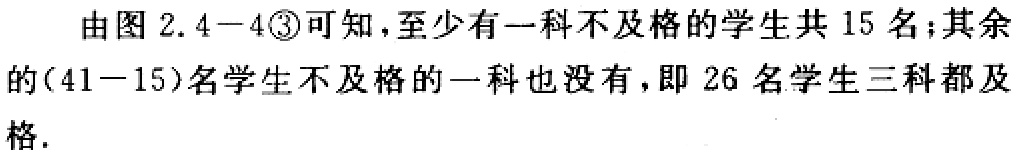
由图 2.4−4\textcircled{3}可知，至少有一科不及格的学生共 15 名；其余的(41−15)名学生不及格的一科也没有，即 26 名学生三科都及格.